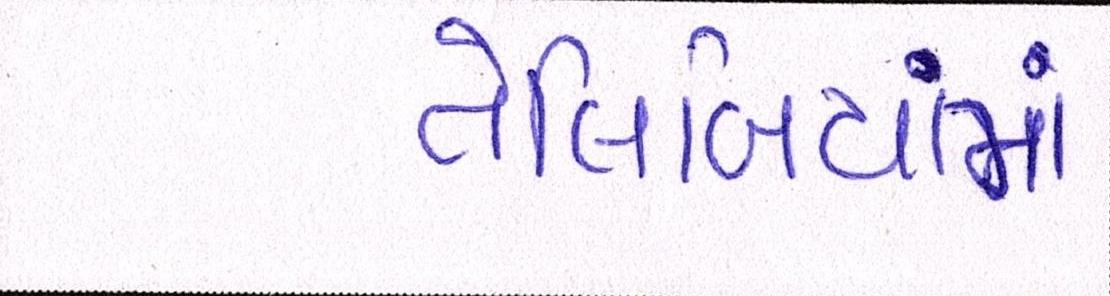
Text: તેલિબિયાંમાં